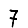
Digit: 7